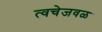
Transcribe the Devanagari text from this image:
त्वचेजवळ